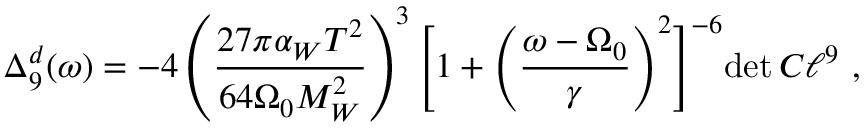
\Delta _ { 9 } ^ { d } ( \omega ) = - 4 \left( { \frac { 2 7 \pi \alpha _ { W } T ^ { 2 } } { 6 4 \Omega _ { 0 } M _ { W } ^ { 2 } } } \right) ^ { 3 } \Biggl [ 1 + \Biggl ( { \frac { \omega - \Omega _ { 0 } } { \gamma } } \Biggl ) ^ { 2 } \Biggr ] ^ { - 6 } { \operatorname * { d e t } { \cal C } \ell ^ { 9 } } \ ,